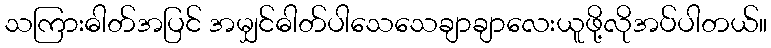
သကြားဓါတ်အပြင် အမျှင်ဓါတ်ပါသေသေချာချာလေးယူဖို့လိုအပ်ပါတယ်။